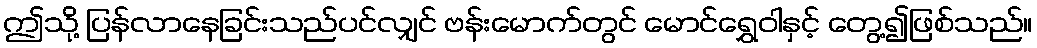
ဤသို့ ပြန်လာနေခြင်းသည်ပင်လျှင် ဗန်းမောက်တွင် မောင်ရွှေဝါနှင့် တွေ့၍ဖြစ်သည်။